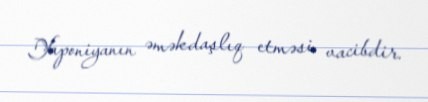
Yaponiyanın əməkdaşlıq etməsi vacibdir.